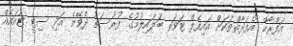
އަފްރާހް "އެފަރާތްތަކަށް އައިފެލް ޓަވަރ ބަލައިލުމުގެ ފުރުސަތު ދެވޭނެ އަދި ސިޓީ ޓުއައެއް